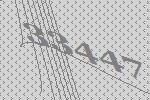
33447